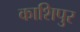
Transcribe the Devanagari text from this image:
काशिपुर